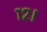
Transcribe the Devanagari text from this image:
१२।